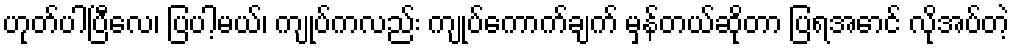
ဟုတ်ပါပြီလေ၊ ပြပါ့မယ်၊ ကျုပ်ကလည်း ကျုပ်ကောက်ချက် မှန်တယ်ဆိုတာ ပြရအောင် လိုအပ်တဲ့